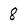
Character: 8